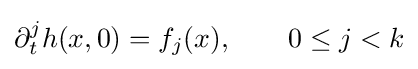
\partial _{t}^{j}h(x,0)=f_{j}(x),\qquad 0\leq j<k